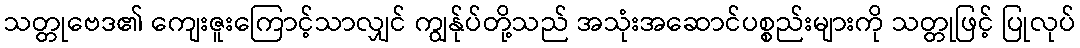
သတ္တုဗေဒ၏ ကျေးဇူးကြောင့်သာလျှင် ကျွန်ုပ်တို့သည် အသုံးအဆောင်ပစ္စည်းများကို သတ္တုဖြင့် ပြုလုပ်